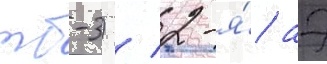
тб-3) / 2-я́ аэ